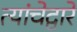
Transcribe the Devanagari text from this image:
त्यांचेद्वारे